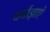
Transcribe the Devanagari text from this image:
धर्माज्ञाएं